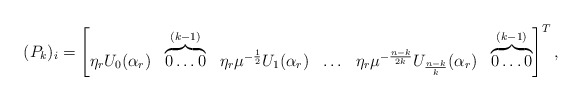
\begin{align*}(P_k)_i=\begin{bmatrix}\eta_r U_0(\alpha_r) & \overbrace{0 \ldots 0}^{(k-1)} & \eta_r \mu^{-\frac{1}{2}} U_1(\alpha_r) & \ldots & \eta_r \mu^{-\frac{n-k}{2k}} U_{\frac{n-k}{k}}(\alpha_r) & \overbrace{0 \ldots 0}^{(k-1)}\end{bmatrix}^{T}, \end{align*}